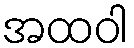
အထဝါ